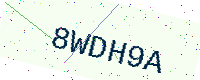
Text: 8WDH9A